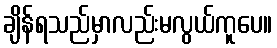
ချိန်ရသည်မှာလည်းမလွယ်ကူပေ။